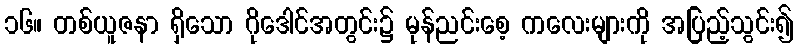
၁၆။ တစ်ယူဇနာ ရှိသော ဂိုဒေါင်အတွင်း၌ မုန်ညင်းစေ့ ကလေးများကို အပြည့်သွင်း၍